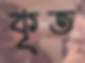
কৃত